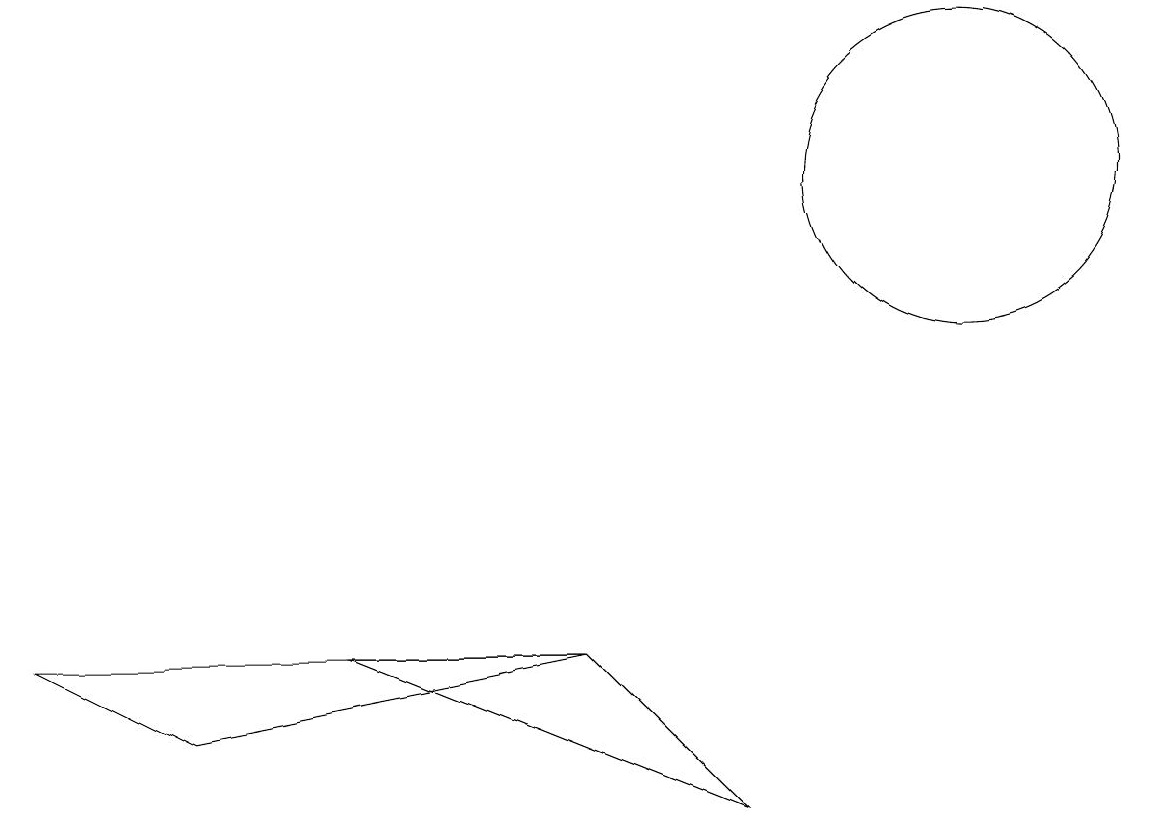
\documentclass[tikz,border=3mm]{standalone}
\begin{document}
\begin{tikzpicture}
\draw (7,6) -- (4,6) -- (9,4) -- cycle;
\draw (7,6) -- (2,5) -- (0,6) -- cycle;
\draw (12,12) circle (2);
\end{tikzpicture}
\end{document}